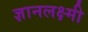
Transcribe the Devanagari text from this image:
ज्ञानलक्ष्मी